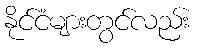
နိုင်ငံများတွင်လည်း